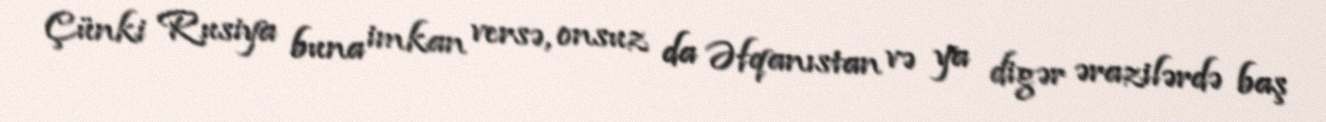
Çünki Rusiya buna imkan versə, onsuz da Əfqanıstan və ya digər ərazilərdə baş